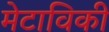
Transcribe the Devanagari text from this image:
मेटाविकी